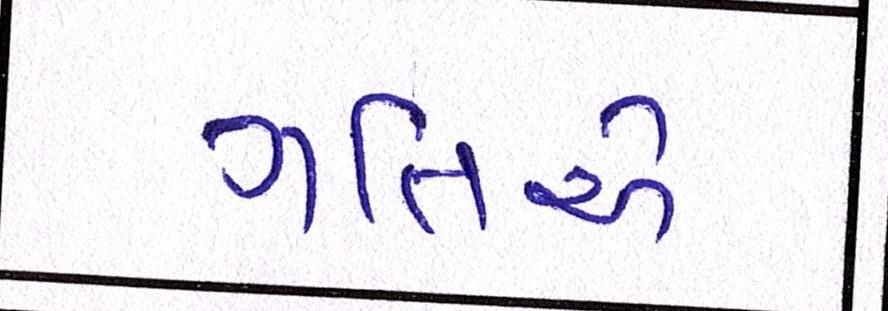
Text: ગતિએ